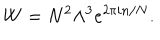
W = N ^ { 2 } \Lambda ^ { 3 } e ^ { 2 \pi i n / N } .